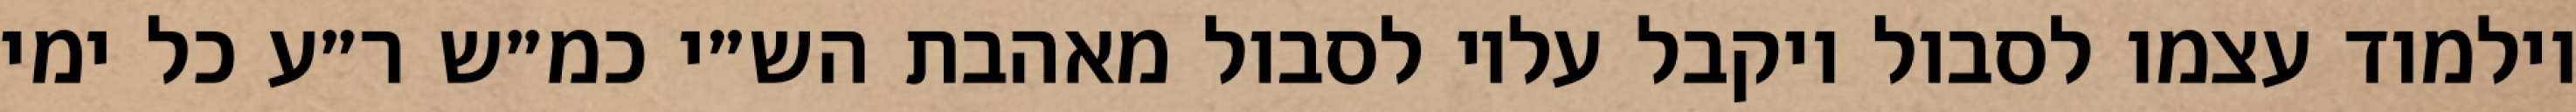
וילמוד עצמו לסבול ויקבל עליו לסבול מאהבת הש״י כמ״ש ר״ע כל ימי